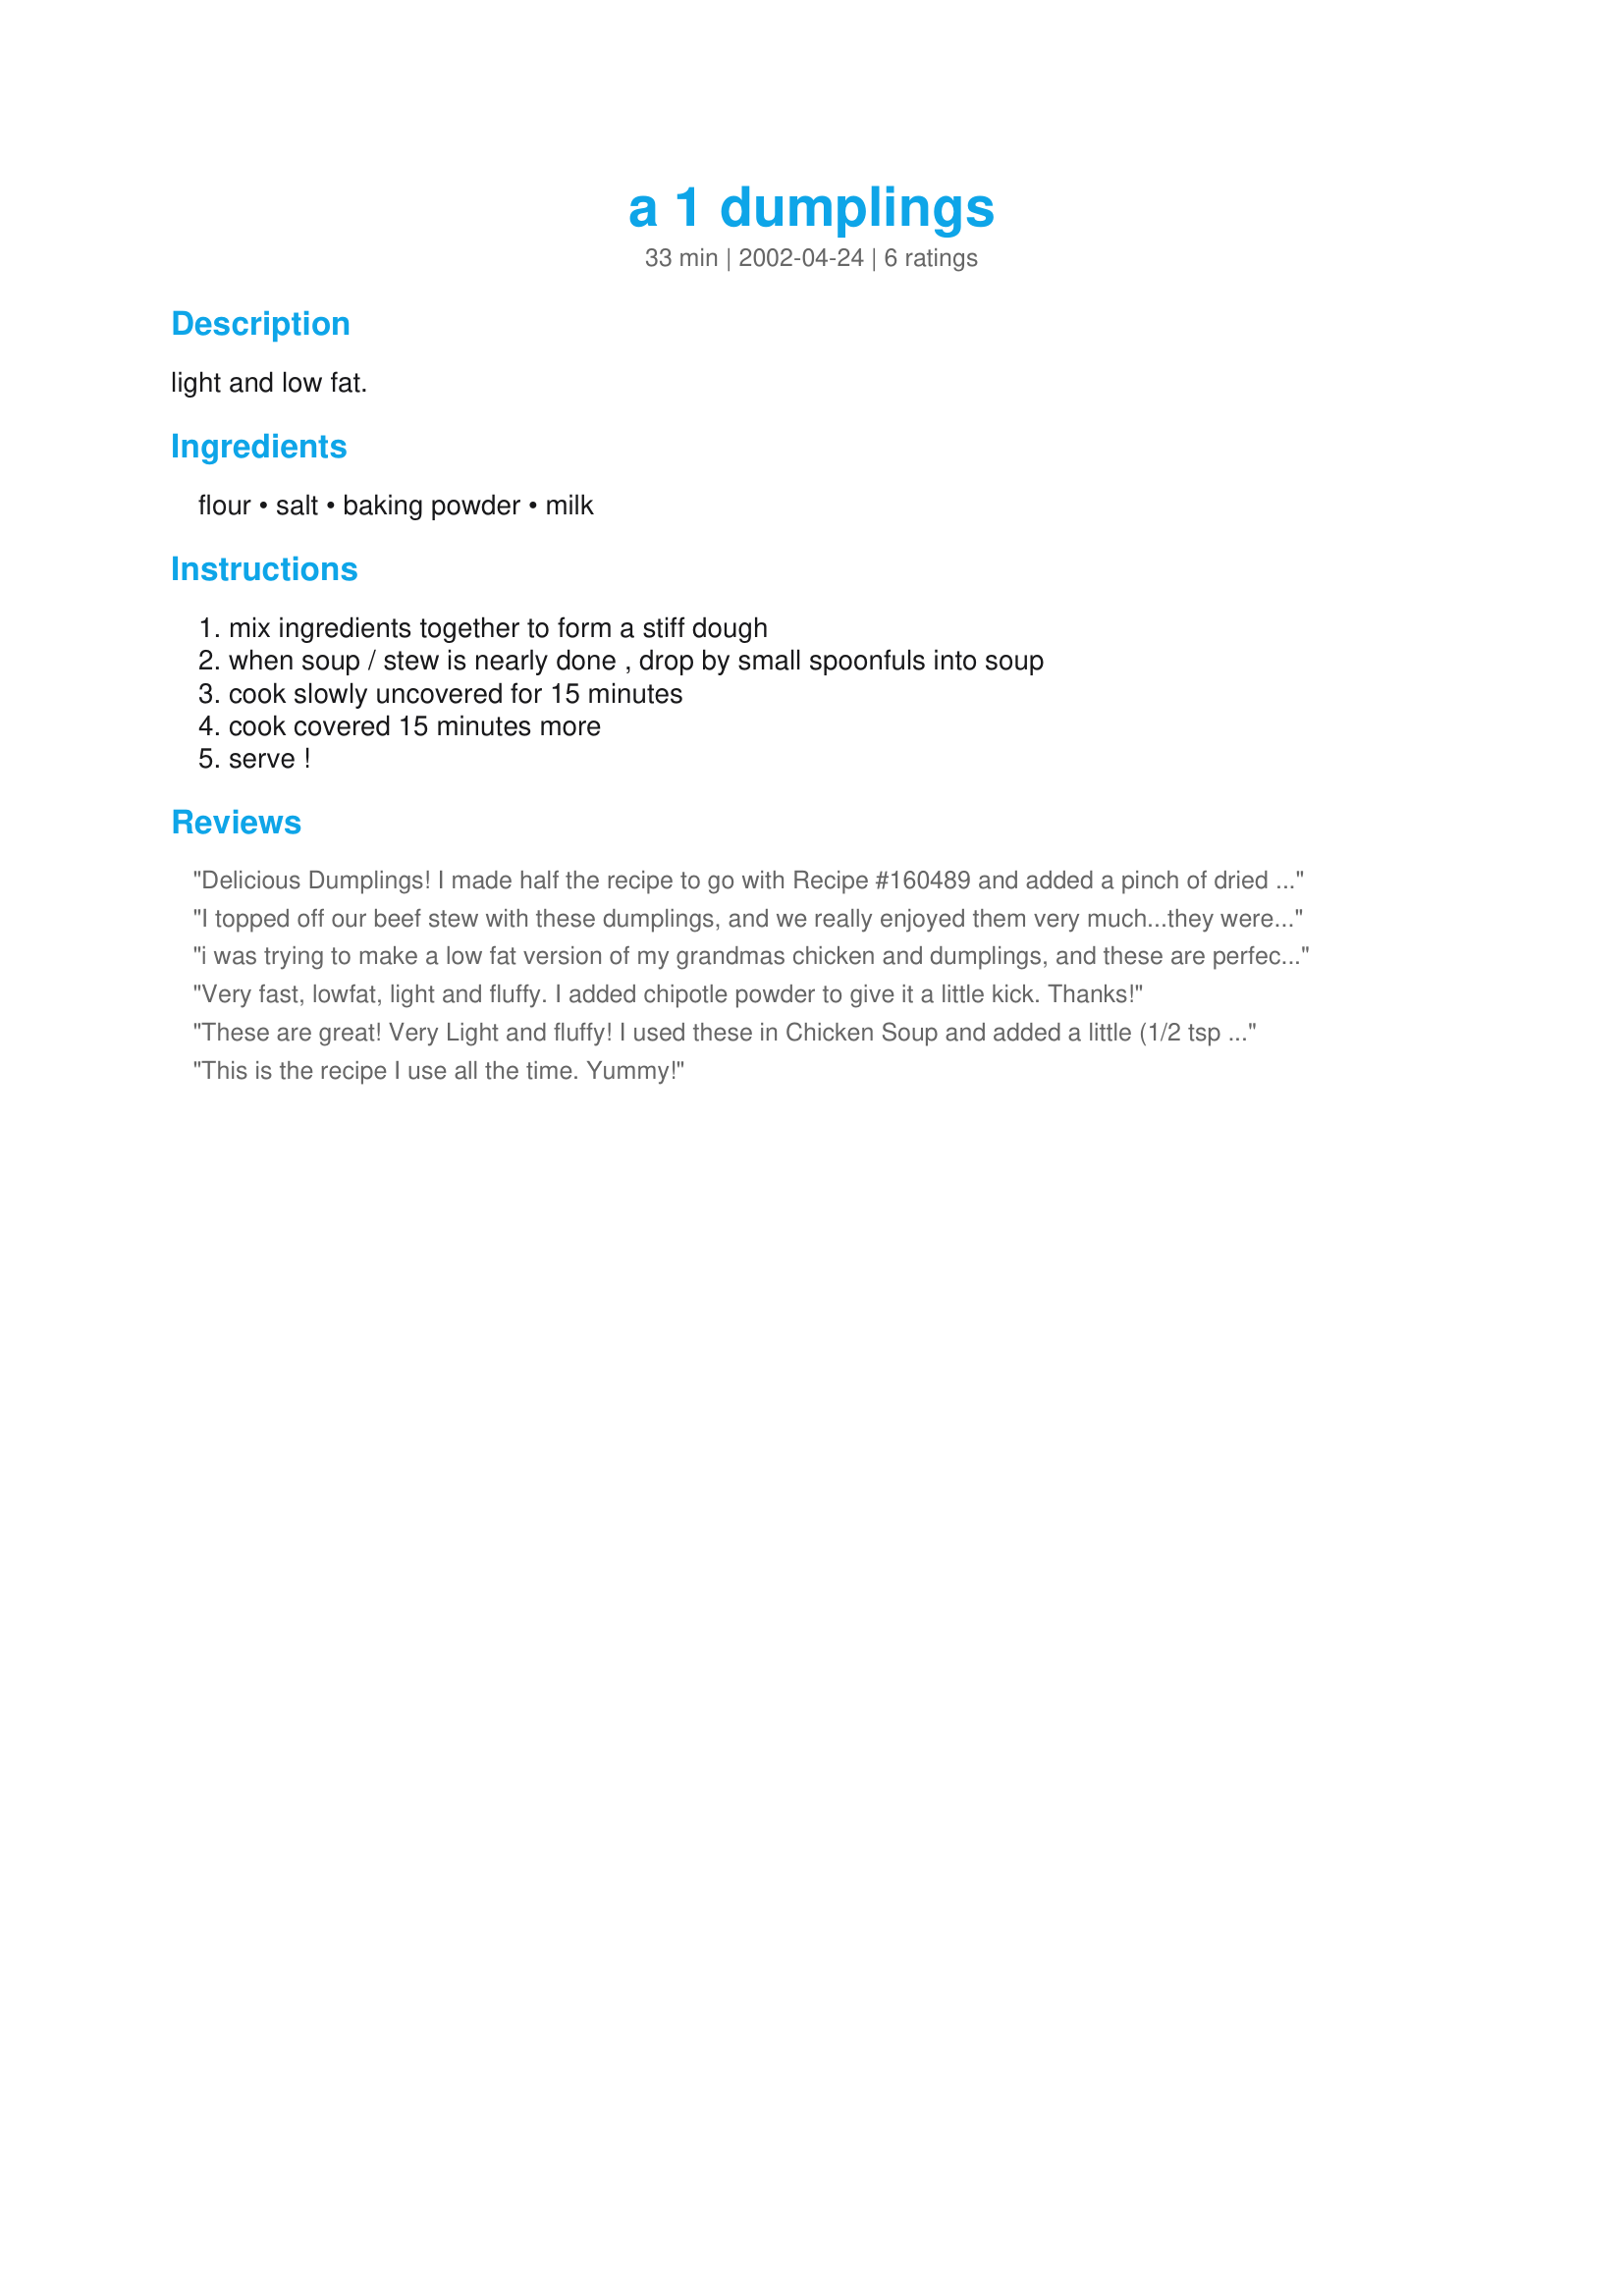
a 1 dumplings
Preparation time: 33 minutes

light and low fat.

Ingredients:
flour, salt, baking powder, milk

Steps:
mix ingredients together to form a stiff dough, when soup / stew is nearly done , drop by small spoonfuls into soup, cook slowly uncovered for 15 minutes, cook covered 15 minutes more, serve !

Reviews:
Delicious Dumplings! I made half the recipe to go with Recipe #160489 and added a pinch of dried dill to the dough. I willl be making these again for various stews and soups! Thanks for posting Barb! Made for When It's Hot Tag Game.
I topped off our beef stew with these dumplings, and we really enjoyed them very much...they were also fast and easily put together. Will definitely keep this recipe handy...thanks for sharing it.
i was trying to make a low fat version of my grandmas chicken and dumplings, and these are perfect! thank you so much for this awesome recipe!!!
Very fast, lowfat, light and fluffy. I added chipotle powder to give it a little kick. Thanks!
These are great! Very Light and fluffy! I used these in Chicken Soup and added a little (1/2 tsp Dried Sweet Basil) I made sure to drop them into Boiling soup and cut the uncovered time to about 5 minutes. They were all floating nicely on top of my soup, then I covered and reduced heat to a simmer for 15 minutes. These were wonderful! Thank you for sharing such an easy wonderful recipe!
This is the recipe I use all the time. Yummy!
